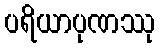
ပရိယာပုဏဿု